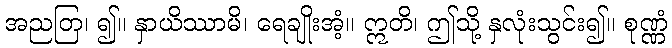
အညတြ၊ ၍။ နှာယိဿာမိ၊ ရေချိုးအံ့။ ဣတိ၊ ဤသို့ နှလုံးသွင်း၍။ စုဏ္ဏံ